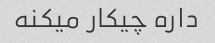
داره چیکار میکنه